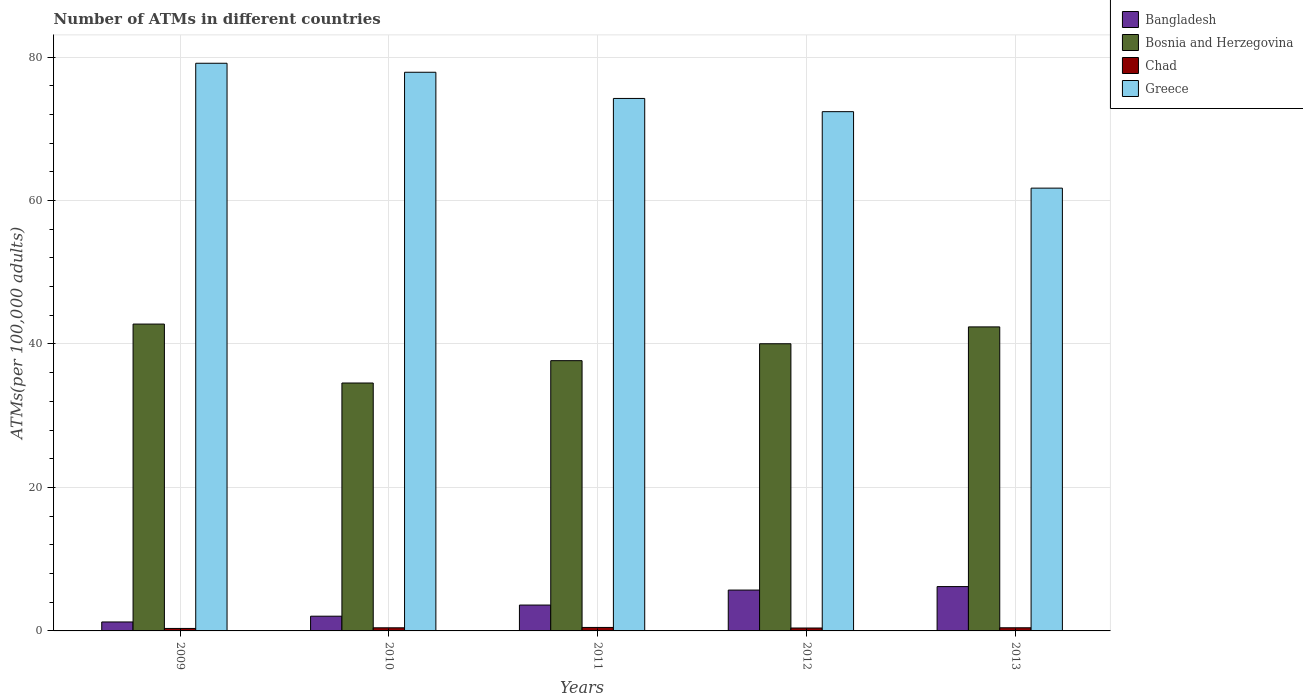
| Years | Bangladesh | Bosnia and Herzegovina | Chad | Greece |
 | --- | --- | --- | --- | --- |
 | 2009 | 1.25 | 42.8 | 0.345 | 79.1 |
 | 2010 | 2.05 | 34.6 | 0.434 | 77.9 |
 | 2011 | 3.61 | 37.7 | 0.484 | 74.2 |
 | 2012 | 5.7 | 40 | 0.406 | 72.4 |
 | 2013 | 6.18 | 42.4 | 0.438 | 61.7 |